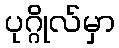
ပုဂ္ဂိုလ်မှာ